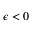
\epsilon < 0